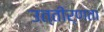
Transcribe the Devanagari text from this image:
उत्तीर्णता